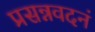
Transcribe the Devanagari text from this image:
प्रसन्नवदनं